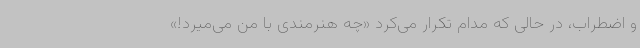
و اضطراب، در حالی که مدام تکرار می‌کرد «چه هنرمندی با من می‌میرد!»